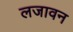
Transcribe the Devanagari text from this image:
लजावन